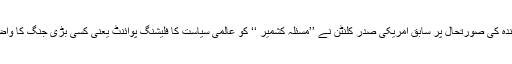
اسی پس ِ منظر اور آئندہ کی صورتحال پر سابق امریکی صدر کلنٹن نے ’’مسئلہ کشمیر ‘‘ کو عالمی سیاست کا فلیشنگ پوائنٹ یعنی کسی بڑی جنگ کا واضح اشارہ قرار دیا تھا۔